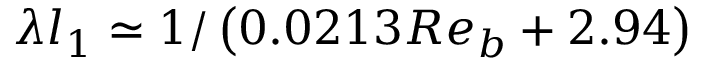
\lambda l _ { 1 } \simeq 1 / \left( 0 . 0 2 1 3 R e _ { b } + 2 . 9 4 \right)